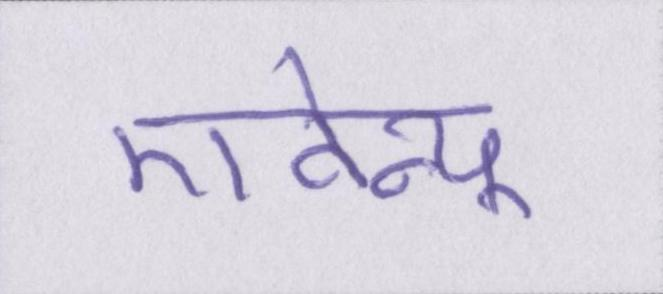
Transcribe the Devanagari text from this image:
एवेन्यू